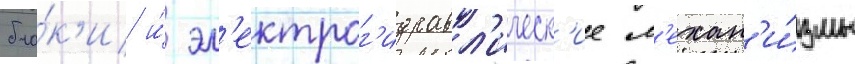
бло́к'и и́ эл'ектрог'идравл'ическ'ие м'ехан'и́змы